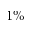
1 \%